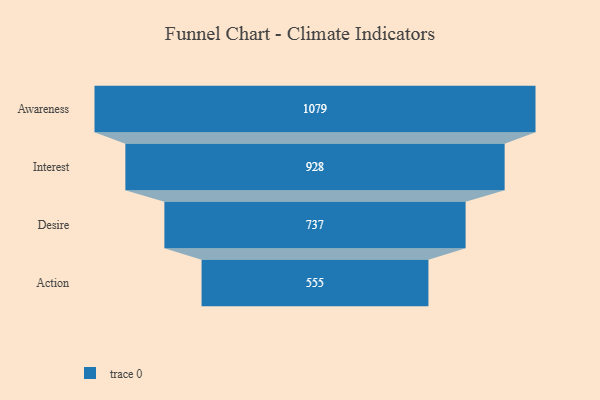
{"axis": {"x": "Stage", "y": "Value"}, "legend": [""], "data": [{"x": "Awareness", "y": 1079.0, "type": ""}, {"x": "Interest", "y": 928.0, "type": ""}, {"x": "Desire", "y": 737.0, "type": ""}, {"x": "Action", "y": 555.0, "type": ""}]}